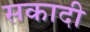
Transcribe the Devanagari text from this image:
सकादी